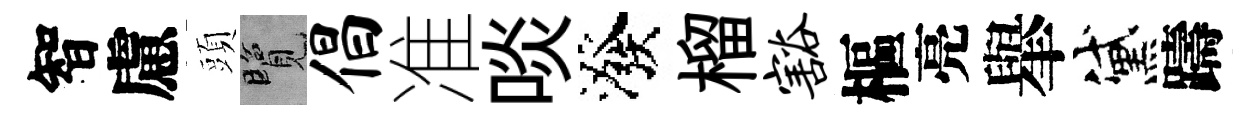
智慮頭覽倡准啖潑榴豁樞亮𦦙黛躊